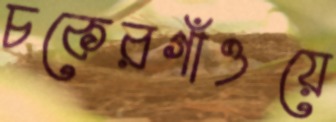
চকেরগাঁওয়ে